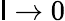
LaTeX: \mathsf{l}\to0